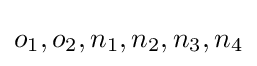
o_{1},o_{2},n_{1},n_{2},n_{3},n_{4}